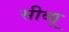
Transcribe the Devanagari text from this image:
सीव्‍यू